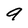
Character: a